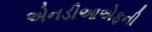
એનડીઆએફની